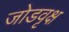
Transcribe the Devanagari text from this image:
जोडवृक्ष